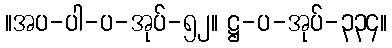
။အပ-ပါ-ပ-အုပ်-၅၂။ ဋ္ဌ-ပ-အုပ်-၃၃၄။